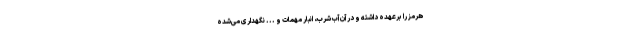
هرمز را برعهده داشته و در آن آب شرب، انبار مهمات و ... نگهداری می‌شده